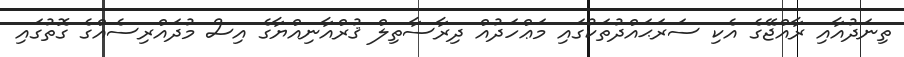
ތިނަދުއާއި ރާއްޖޭގެ އެކި ސަރަޙައްދުތަކުގައި މަޢްހަދުއް ދިރާސާތިލް ޤުރްއާނިއްޔާގެ އިސް މުދައްރިސެއްގެ ގޮތުގައި